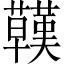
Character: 𧄊